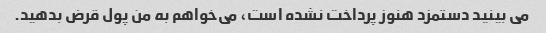
می بینید دستمزد هنوز پرداخت نشده است، می‌خواهم به من پول قرض بدهید.